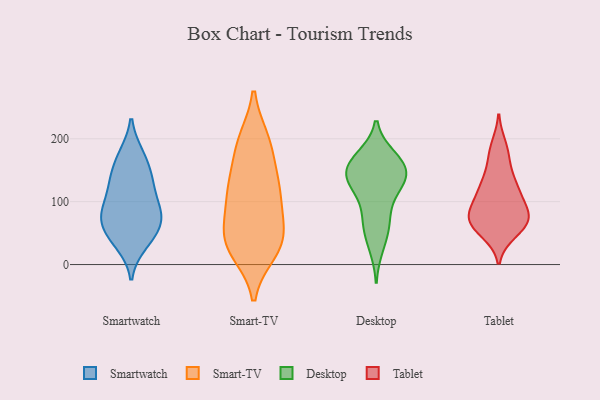
{"axis": {"x": "Headcount", "y": "Value"}, "legend": ["Desktop", "Smart-TV", "Smartwatch", "Tablet"], "data": [{"x": "", "y": 42, "type": "Smartwatch"}, {"x": "", "y": 72, "type": "Smartwatch"}, {"x": "", "y": 33, "type": "Smartwatch"}, {"x": "", "y": 146, "type": "Smartwatch"}, {"x": "", "y": 174, "type": "Smartwatch"}, {"x": "", "y": 92, "type": "Smartwatch"}, {"x": "", "y": 78, "type": "Smartwatch"}, {"x": "", "y": 44, "type": "Smartwatch"}, {"x": "", "y": 135, "type": "Smartwatch"}, {"x": "", "y": 174, "type": "Smartwatch"}, {"x": "", "y": 82, "type": "Smartwatch"}, {"x": "", "y": 121, "type": "Smartwatch"}, {"x": "", "y": 82, "type": "Smartwatch"}, {"x": "", "y": 62, "type": "Smartwatch"}, {"x": "", "y": 127, "type": "Smartwatch"}, {"x": "", "y": 21, "type": "Smart-TV"}, {"x": "", "y": 195, "type": "Smart-TV"}, {"x": "", "y": 144, "type": "Smart-TV"}, {"x": "", "y": 81, "type": "Smart-TV"}, {"x": "", "y": 112, "type": "Smart-TV"}, {"x": "", "y": 46, "type": "Smart-TV"}, {"x": "", "y": 28, "type": "Smart-TV"}, {"x": "", "y": 129, "type": "Smart-TV"}, {"x": "", "y": 197, "type": "Smart-TV"}, {"x": "", "y": 190, "type": "Smart-TV"}, {"x": "", "y": 52, "type": "Smart-TV"}, {"x": "", "y": 97, "type": "Smart-TV"}, {"x": "", "y": 123, "type": "Smart-TV"}, {"x": "", "y": 30, "type": "Smart-TV"}, {"x": "", "y": 35, "type": "Smart-TV"}, {"x": "", "y": 133, "type": "Desktop"}, {"x": "", "y": 135, "type": "Desktop"}, {"x": "", "y": 87, "type": "Desktop"}, {"x": "", "y": 167, "type": "Desktop"}, {"x": "", "y": 126, "type": "Desktop"}, {"x": "", "y": 152, "type": "Desktop"}, {"x": "", "y": 129, "type": "Desktop"}, {"x": "", "y": 158, "type": "Desktop"}, {"x": "", "y": 60, "type": "Desktop"}, {"x": "", "y": 29, "type": "Desktop"}, {"x": "", "y": 64, "type": "Desktop"}, {"x": "", "y": 170, "type": "Desktop"}, {"x": "", "y": 153, "type": "Desktop"}, {"x": "", "y": 188, "type": "Tablet"}, {"x": "", "y": 81, "type": "Tablet"}, {"x": "", "y": 66, "type": "Tablet"}, {"x": "", "y": 108, "type": "Tablet"}, {"x": "", "y": 84, "type": "Tablet"}, {"x": "", "y": 115, "type": "Tablet"}, {"x": "", "y": 163, "type": "Tablet"}, {"x": "", "y": 84, "type": "Tablet"}, {"x": "", "y": 124, "type": "Tablet"}, {"x": "", "y": 62, "type": "Tablet"}, {"x": "", "y": 65, "type": "Tablet"}, {"x": "", "y": 180, "type": "Tablet"}, {"x": "", "y": 52, "type": "Tablet"}, {"x": "", "y": 80, "type": "Tablet"}, {"x": "", "y": 58, "type": "Tablet"}, {"x": "", "y": 132, "type": "Tablet"}, {"x": "", "y": 127, "type": "Tablet"}, {"x": "", "y": 72, "type": "Tablet"}]}